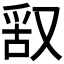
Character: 𠭖